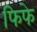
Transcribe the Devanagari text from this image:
फिफे